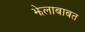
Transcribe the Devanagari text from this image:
झेलाबाबत